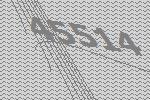
45514